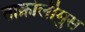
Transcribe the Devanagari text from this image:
ताक्रोलीमुस